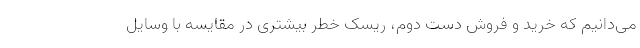
می‌دانیم که خرید و فروش دست دوم، ریسک خطر بیشتری در مقایسه با وسایل